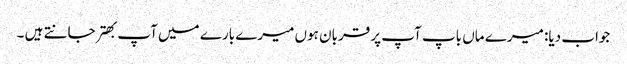
جواب دیا: میرے ماں باپ آپ پر قربان ہوں میرے بارے میں آپ بهتر جانتے ہیں ۔